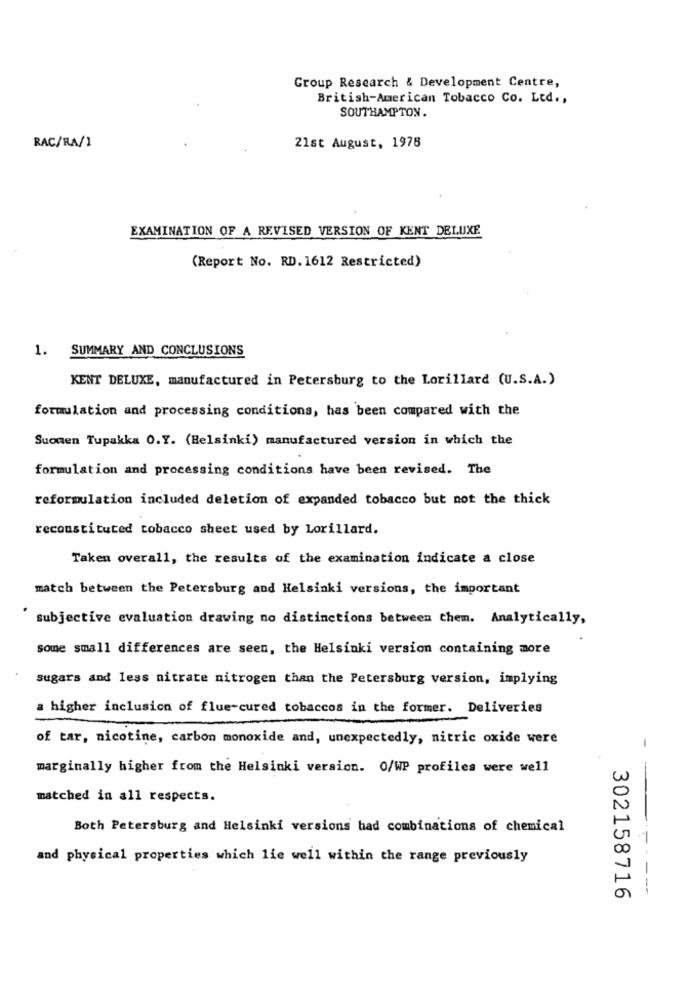
Group Research & Development Centre,
British-American Tobacco Co. Ltd .,
SOUTHAMPTON.
RAC/RA/1
21st August, 1978
EXAMINATION OF A REVISED VERSION OF KENT DELUXE
(Report No. RD. 1612 Restricted)
1. SUMMARY AND CONCLUSIONS
KENT DELUXE, manufactured in Petersburg to the Lorillard (U.S.A.)
formulation and processing conditions, has been compared with the
Suomen Tupakka O.Y. (Helsinki) manufactured version in which the
formulation and processing conditions have been revised. The
reformulation included deletion of expanded tobacco but not the thick
reconstituted tobacco sheet used by Lorillard.
Taken overall, the results of the examination indicate a close
match between the Petersburg and Helsinki versions, the important
subjective evaluation drawing no distinctions between them. Analytically,
some small differences are seen, the Helsinki version containing more
sugars and less nitrate nitrogen than the Petersburg version, implying
a higher inclusion of flue-cured tobaccos in the former. Deliveries
of tar, nicotine, carbon monoxide and, unexpectedly, nitric oxide were
-
marginally higher from the Helsinki version. O/WP profiles were well
matched in all respects.
Both Petersburg and Helsinki versions had combinations of chemical
and physical properties which lie well within the range previously
----
302158716